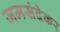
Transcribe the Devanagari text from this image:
जमसंदेकर